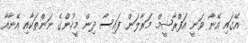
އޭގައި އޭނާ ވަނީ އަފްރާޝީމް މަރާލަން ފައިސާ ދިން މީހުންގެ ނަންތަކާއި އޭނާއާ